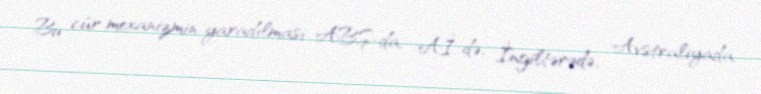
Bu cür mexanizmin yaradılması ABŞ-da, Aİ-də, İngiltərədə, Avstraliyada